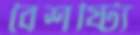
বৈশষ্ট্যি